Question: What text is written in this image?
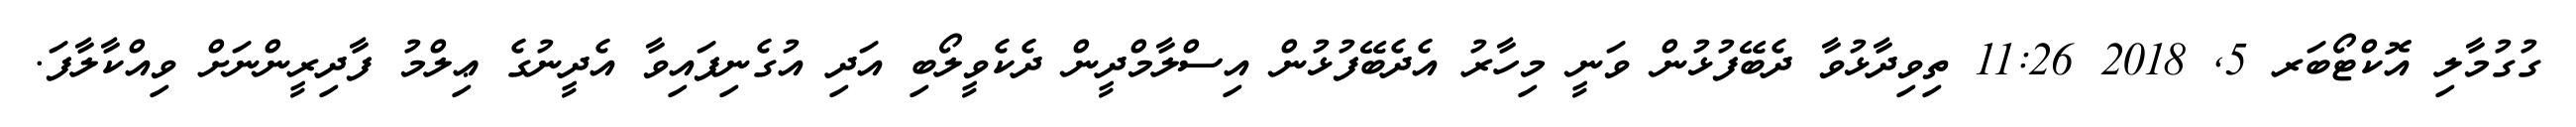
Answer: ގުގުމާލި އޮކްޓޯބަރ 5, 2018 11:26 ތިވިދާޅުވާ ދެބޭފުޅުން ވަނީ މިހާރު އެދެބޭފުޅުން އިސްލާމްދީން ދެކެވީލޯބި އަދި އުގެނިފައިވާ އެދީނުގެ ޢިލްމު ފާދިރީންނަށް ވިއްކާލާފަ.